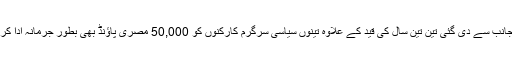
عدالت کی جانب سے دی گئی تین تین سال کی قید کے علاوہ تینوں سیاسی سرگرم کارکنوں کو 50,000 مصری پاؤنڈ بھی بطور جرمانہ ادا کرنا ہوں گے۔